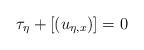
LaTeX: \begin{align*}\tau_\eta + [(u_{\eta, x})]=0\end{align*}